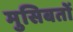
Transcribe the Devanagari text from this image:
मुसिबतों